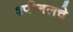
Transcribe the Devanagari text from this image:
श्पीगलचे